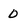
Character: 0